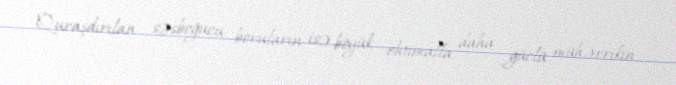
Quraşdırılan səsboğucu boruların isə böyük ehtimalla daha güclü mühərrikin